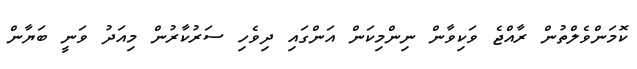
ކޮމަންވެލްތުން ރާއްޖެ ވަކިވާން ނިންމިކަން އަންގައި ދިވެހި ސަރުކާރުން މިއަދު ވަނީ ބަޔާން